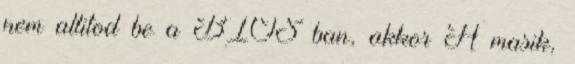
nem allitod be a BIOS ban, akkor A masik,